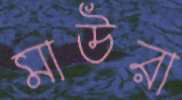
মাউরা